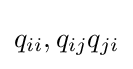
q_{ii},q_{ij}q_{ji}